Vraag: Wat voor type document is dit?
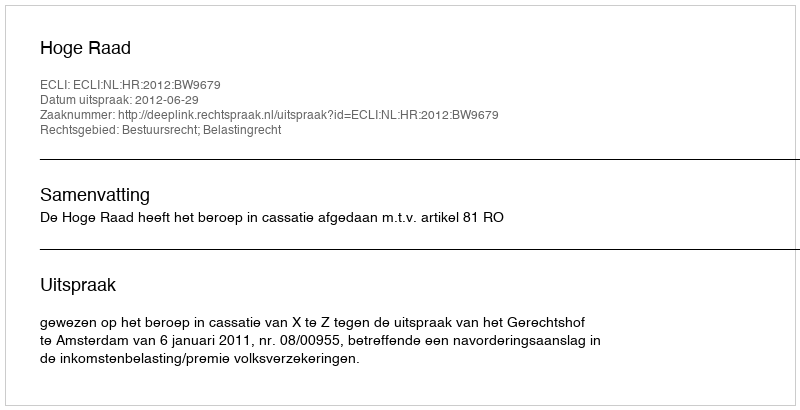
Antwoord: Uitspraak